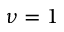
\nu = 1